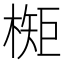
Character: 𬄃